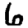
Digit: 6